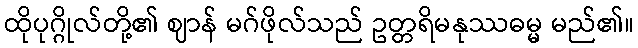
ထိုပုဂ္ဂိုလ်တို့၏ ဈာန် မဂ်ဖိုလ်သည် ဥတ္တရိမနုဿဓမ္မ မည်၏။